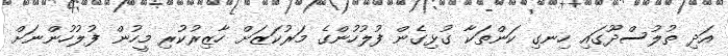
އަދި ތުލުސްދޫގައި ހިނގި ކަންތަކާ ގުޅިގެން ފުލުހުންގެ މަރުކަޒަށް ހާޒިރުކުރި މީހުން ފުލުހުންނަށް